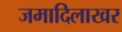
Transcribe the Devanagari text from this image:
जमादिलाखर